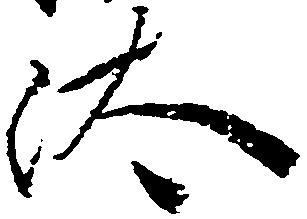
汰